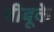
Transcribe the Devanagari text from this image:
नीबूके